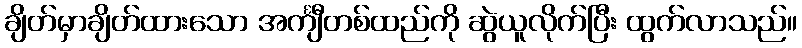
ချိတ်မှာချိတ်ထားသော အင်္ကျီတစ်ထည်ကို ဆွဲယူလိုက်ပြီး ထွက်လာသည်။